Annual report on the working of the mental hospitals in the Madras Presidency - 1912-1932
Year: 1912
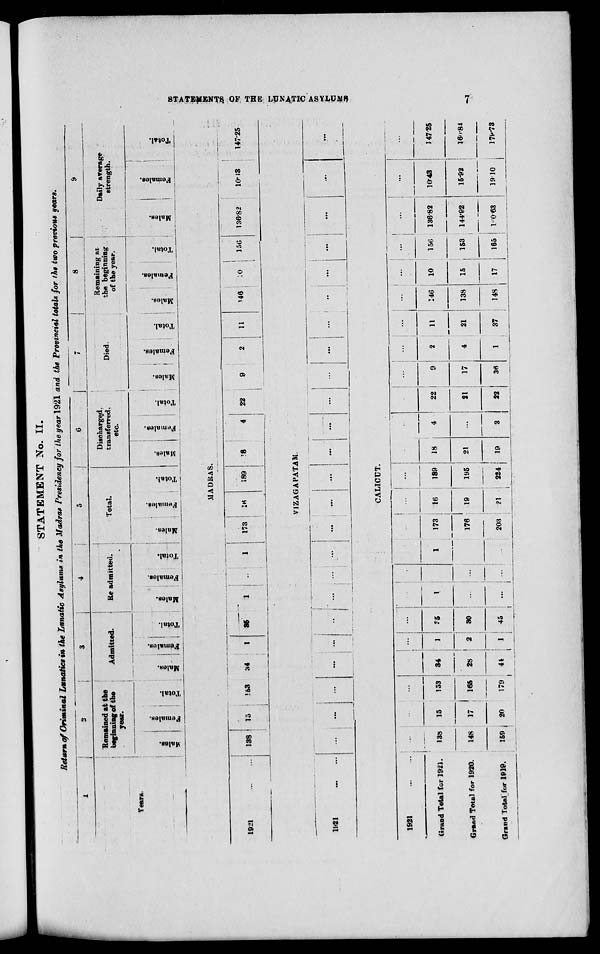
STATEMENTS OF THE
LUNATIC
ASYLUMS
7
STATEMENT No. II.
Return of Criminal Lunatics in the Lunatic Asylums in the Madras Presidency for the year 1921 and the Provincial totals for the two previous years.
1
Years.
2
Remained
at the
beginning of the
year.
Males.
Females.
Total.
3
Admitted.
Males.
Females.
Total.
4
Re-admitted.
Males.
Females.
Total.
5
Total.
Males.
Females.
Total.
6
Discharged,
transferred,
etc.
Males.
Females.
Total.
7
Died.
Males.
Females.
Total.
8
Remaining at
the beginning
of the year.
Males.
Females.
Total.
9
Daily average
strength.
Males.
Females.
Total.
MADRAS.
1921
...
...
138
15
153
34
1
35
1
...
1
173
16
189
18
4
22
9
2
11
146 10
156
136.82
10.13
147.25
VIZAGAPATAM.
1921 ... ...
...
...
...
...
...
...
...
...
...
...
...
...
...
...
... ...
...
...
...
...
...
...
...
...
CALICUT.
1921
...
...
Grand Total for 1921.
Grand Total for 1920.
Grand Total for 1919.
...
138
148
159
...
15
17
20
...
153
165
179
...
34
28
44
...
1
2
1
...
35
30
45
...
1
...
...
...
...
...
...
...
1
...
...
...
173
176
203
...
16
19
21
...
189
195
224
...
18
21
19
...
4
...
3
...
22
21
22
...
9
17
36
...
2
4
1
...
11
21
37
...
146
138
148
...
10
15
17
...
156
153
165
...
136.82
144.92
160.63
...
10.43
15.92
19.10
...
147.25
160.84
179.73